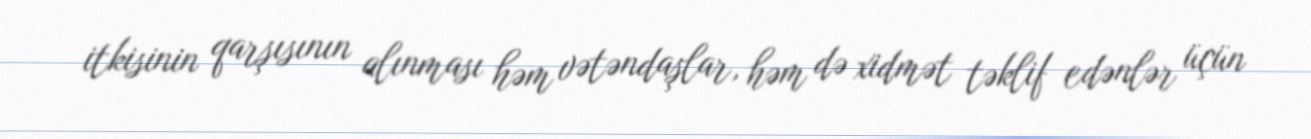
itkisinin qarşısının alınması həm vətəndaşlar, həm də xidmət təklif edənlər üçün